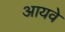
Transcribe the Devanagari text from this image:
आयवे